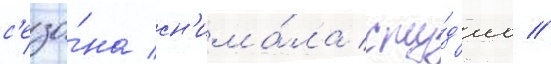
с'езо́на сн'има́ла сту́д'иа //